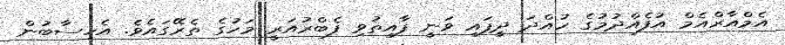
އެމްއާރްއެމް އުފެއްދުމުގެ ހުއްދަ ދީފައި ވަނީ ފާއިތުވި ފެބްރުއަރީ މަހުގެ ތެރޭގައެވެ. އެހިސާބުން